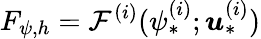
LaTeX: F_{\psi,h}=\mathcal{F}^{(i)}(\psi_{*}^{(i)};\boldsymbol{u}_{*}^{(i)})